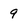
Character: 9